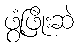
ဖွံ့ဖြိုးဆဲ